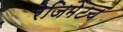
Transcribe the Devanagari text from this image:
रेजिमेंटच